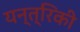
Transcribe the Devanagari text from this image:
यन्त्रिकी